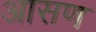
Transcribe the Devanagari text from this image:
आसण